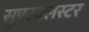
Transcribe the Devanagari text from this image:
सुपरक्‍लस्टर